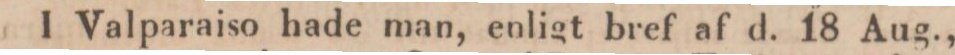
I Valparaiso hade man, enligt bref af d. 18 Aug.,